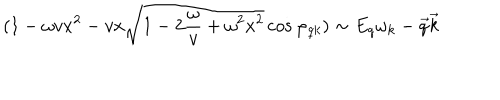
( 1 - \omega v x ^ { 2 } - v x \sqrt { 1 - 2 { \frac { \omega } { v } } + \omega ^ { 2 } x ^ { 2 } } \cos \varphi _ { q k } ) \sim E _ { q } \omega _ { k } - \vec { q } \vec { k }